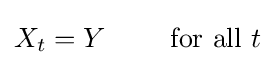
X_{t}=Y\qquad {\text{ for all }}t